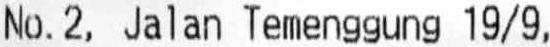
NO.2, JALAN TEMENGGUNG 19/9,